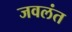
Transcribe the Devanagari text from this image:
जवलंत